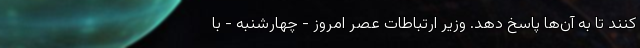
کنند تا به آن‌ها پاسخ دهد. وزیر ارتباطات عصر امروز - چهارشنبه - با